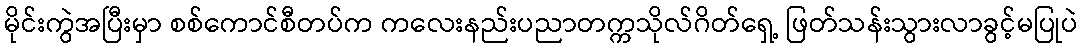
မိုင်းကွဲအပြီးမှာ စစ်ကောင်စီတပ်က ကလေးနည်းပညာတက္ကသိုလ်ဂိတ်ရှေ့ ဖြတ်သန်းသွားလာခွင့်မပြုပဲ